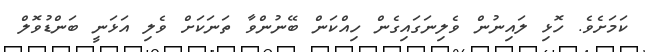
ކަމަށެވެ. ހޮޅި ލައިނުން ވެލިނަގައިގެން ހިއްކަން ބޭނުންވާ ތަނަކަށް ވެލި އަޅަނީ ބަންޑުވޮލް